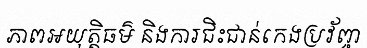
ភាពអយុត្តិធម៌ និងការជិះជាន់កេងប្រវ័ញ្ច